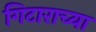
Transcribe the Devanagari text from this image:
गिटाराच्या